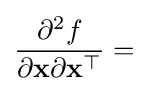
{\frac {\partial ^{2}f}{\partial \mathbf {x} \partial \mathbf {x} ^{\top }}}=